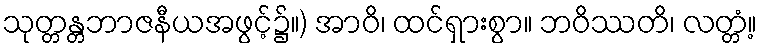
သုတ္တန္တဘာဇနီယအဖွင့်၌။) အာဝိ၊ ထင်ရှားစွာ။ ဘဝိဿတိ၊ လတ္တံ့။